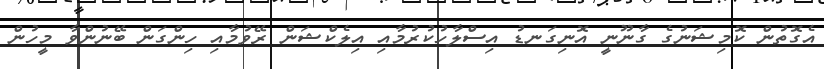
އެގޮތުން ކޮމިޝަނުގެ ގާނޫނީ އޮނިގަނޑު އިސްލާހުކުރުމާއި އިލެކްޝަން ރޭވުމާއި ހިންގަން ބޭނުންވާ މީހުން